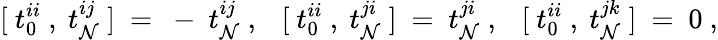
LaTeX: [~t_{0}^{ii}~,~t_{\mathcal{N}}^{ij}~]~=~-~t_{\mathcal{N}}^{ij}~,~~~[~t_{0}^{ii}~,~t_{\mathcal{N}}^{ji}~]~=~t_{\mathcal{N}}^{ji}~,~~~[~t_{0}^{ii}~,~t_{\mathcal{N}}^{jk}~]~=~0~,